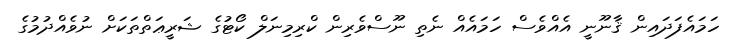
ހަމައެފަދައިން ޤާނޫނީ އެއްވެސް ހަމައެއް ނެތި ނޫސްވެރިން ކްރިމިނަލް ކޯޓުގެ ޝަރީޢަތްތަކަށް ނުވެއްދުމުގެ